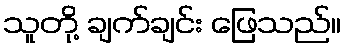
သူတို့ ချက်ချင်း ဖြေသည်။